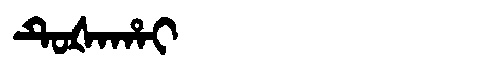
Manchu: ᡨᡠᡧᠠᡥᠠᡳ
Romanization: TUŠAHAI